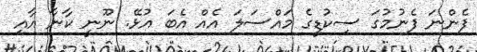
ފެންނަ ފެނުމުގަ ސިކުޑީގެ މައްސަލަ އެއް އެބަ އުޅޭ. ނޫނީ ކާނާ އާއި